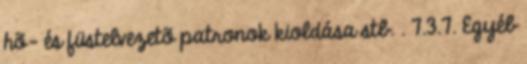
hõ- és füstelvezetõ patronok kioldása stb. . 7.3.7. Egyéb